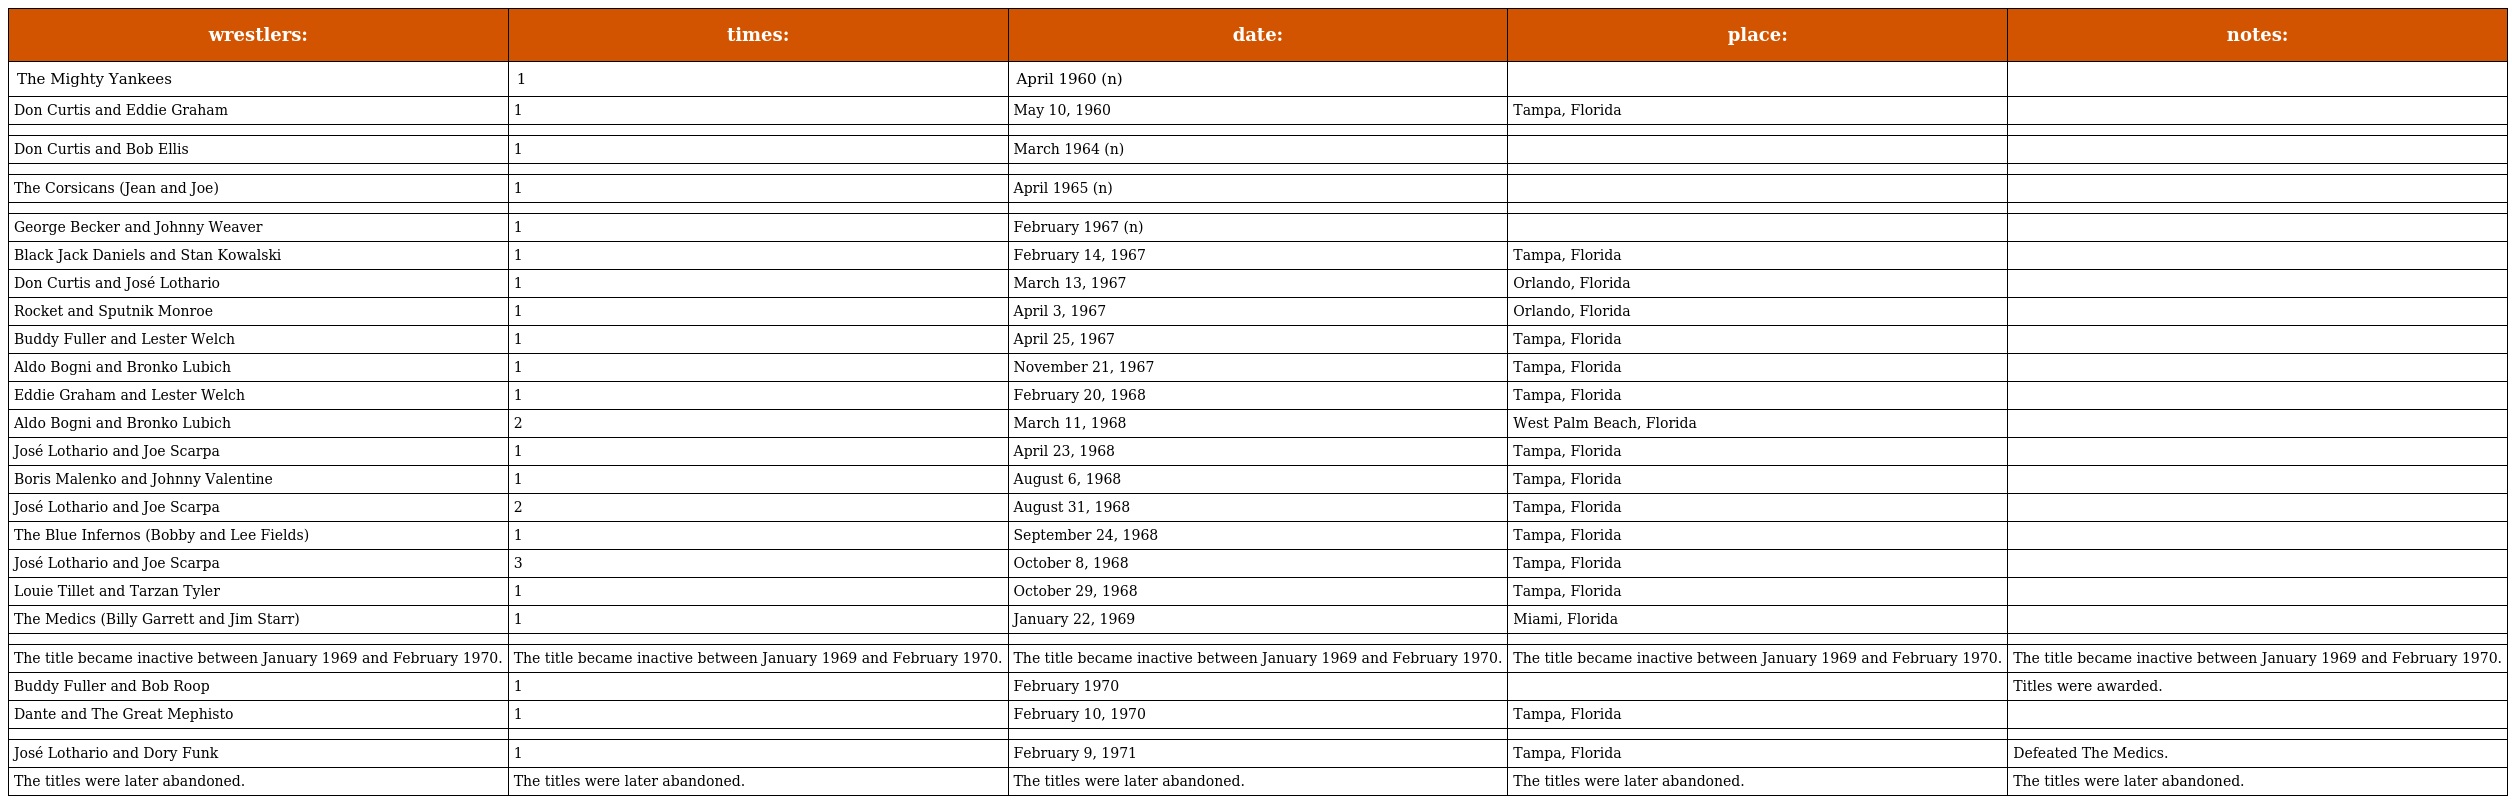
| wrestlers: | times: | date: | place: | notes: |
 | --- | --- | --- | --- | --- |
 | The Mighty Yankees | 1 | April 1960 (n) |  |  |
 | Don Curtis and Eddie Graham | 1 | May 10, 1960 | Tampa, Florida |  |
 |  |  |  |  |  |
 | Don Curtis and Bob Ellis | 1 | March 1964 (n) |  |  |
 |  |  |  |  |  |
 | The Corsicans (Jean and Joe) | 1 | April 1965 (n) |  |  |
 |  |  |  |  |  |
 | George Becker and Johnny Weaver | 1 | February 1967 (n) |  |  |
 | Black Jack Daniels and Stan Kowalski | 1 | February 14, 1967 | Tampa, Florida |  |
 | Don Curtis and José Lothario | 1 | March 13, 1967 | Orlando, Florida |  |
 | Rocket and Sputnik Monroe | 1 | April 3, 1967 | Orlando, Florida |  |
 | Buddy Fuller and Lester Welch | 1 | April 25, 1967 | Tampa, Florida |  |
 | Aldo Bogni and Bronko Lubich | 1 | November 21, 1967 | Tampa, Florida |  |
 | Eddie Graham and Lester Welch | 1 | February 20, 1968 | Tampa, Florida |  |
 | Aldo Bogni and Bronko Lubich | 2 | March 11, 1968 | West Palm Beach, Florida |  |
 | José Lothario and Joe Scarpa | 1 | April 23, 1968 | Tampa, Florida |  |
 | Boris Malenko and Johnny Valentine | 1 | August 6, 1968 | Tampa, Florida |  |
 | José Lothario and Joe Scarpa | 2 | August 31, 1968 | Tampa, Florida |  |
 | The Blue Infernos (Bobby and Lee Fields) | 1 | September 24, 1968 | Tampa, Florida |  |
 | José Lothario and Joe Scarpa | 3 | October 8, 1968 | Tampa, Florida |  |
 | Louie Tillet and Tarzan Tyler | 1 | October 29, 1968 | Tampa, Florida |  |
 | The Medics (Billy Garrett and Jim Starr) | 1 | January 22, 1969 | Miami, Florida |  |
 |  |  |  |  |  |
 | The title became inactive between January 1969 and February 1970. | The title became inactive between January 1969 and February 1970. | The title became inactive between January 1969 and February 1970. | The title became inactive between January 1969 and February 1970. | The title became inactive between January 1969 and February 1970. |
 | Buddy Fuller and Bob Roop | 1 | February 1970 |  | Titles were awarded. |
 | Dante and The Great Mephisto | 1 | February 10, 1970 | Tampa, Florida |  |
 |  |  |  |  |  |
 | José Lothario and Dory Funk | 1 | February 9, 1971 | Tampa, Florida | Defeated The Medics. |
 | The titles were later abandoned. | The titles were later abandoned. | The titles were later abandoned. | The titles were later abandoned. | The titles were later abandoned. |